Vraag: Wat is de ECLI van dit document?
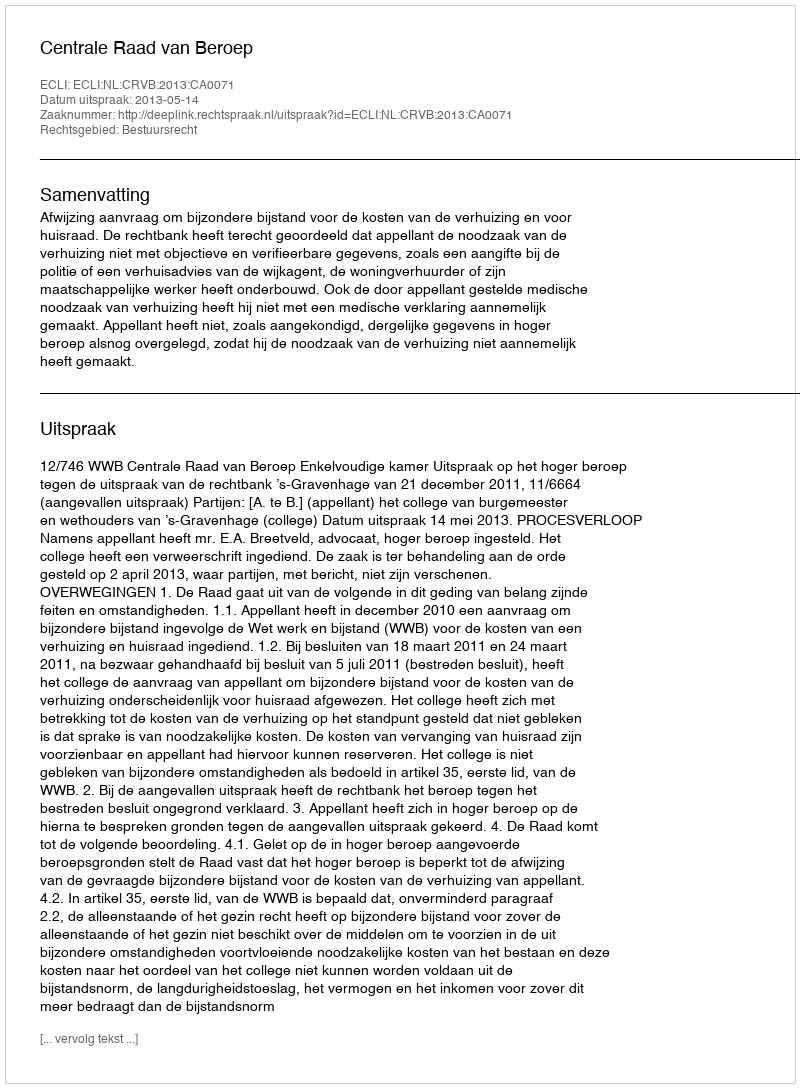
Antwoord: ECLI:NL:CRVB:2013:CA0071